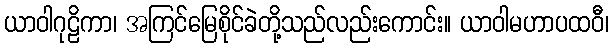
ယာဝါဂုဠိကာ၊ အကြင်မြေစိုင်ခဲတို့သည်လည်းကောင်း။ ယာဝါမဟာပထဝီ၊